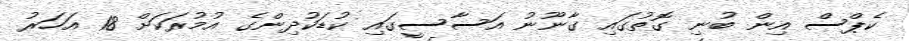
ކެޕްސް އިން ބުނި ގޮތުގައި ގާނޫނު އަސާސީގައި ކުޑަކުދިންގެ އުމުރަކަށް 18 އަހަރު